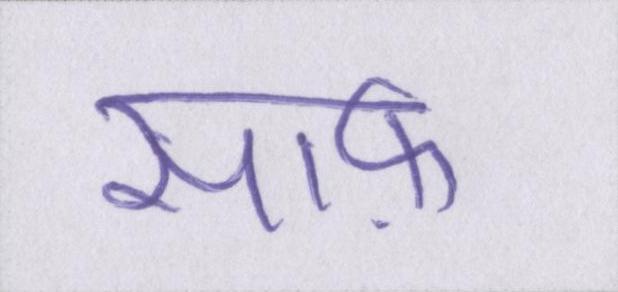
साफ़